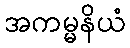
အကမ္မနိယံ